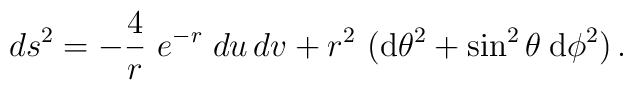
ds^2=-{4\over{r}}~e^{-r}\;du\,dv+r^2~({\rm d}\theta^2+\sin^2\theta\>{\rm d}\phi^2)\,.